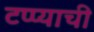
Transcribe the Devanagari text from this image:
टप्प्याची